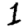
Digit: 1